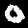
Label: 0